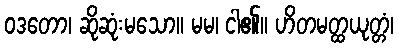
ဝဒတော၊ ဆိုဆုံးမသော။ မမ၊ ငါ၏။ ဟိတမတ္ထယုတ္တံ၊